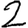
Digit: 2